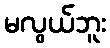
မလွယ်ဘူး